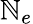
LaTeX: \mathbb{N}_{e}